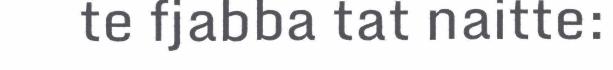
te fjabba tat naitte: